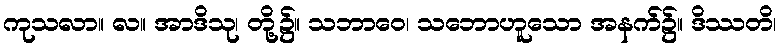
ကုသလာ။ လ။ အာဒိသု၊ တို့၌။ သဘာဝေ၊ သဘောဟူသော အနက်၌။ ဒိဿတိ၊